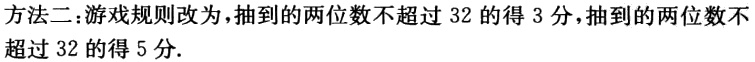
方法二：游戏规则改为，抽到的两位数不超过 32 的得 3 分，抽到的两位数不超过 32 的得 5 分.